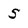
Character: 5